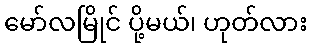
မော်လမြိုင် ပို့မယ်၊ ဟုတ်လား